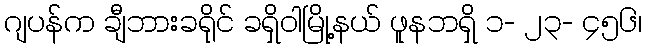
ဂျပန်က ချီဘားခရိုင် ခရှိဝါမြို့နယ် ဖူနဘရှိ ၁- ၂၃- ၄၅၆၊